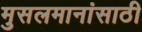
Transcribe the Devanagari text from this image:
मुसलमानांसाठी